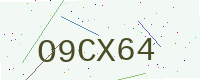
Text: O9CX64